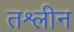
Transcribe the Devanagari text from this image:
तश्लीन